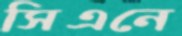
সিএনে